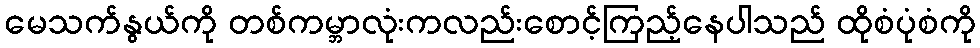
မေသက်နွယ်ကို တစ်ကမ္ဘာလုံးကလည်းစောင့်ကြည့်နေပါသည် ထိုစံပုံစံကို